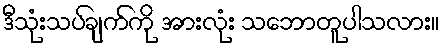
ဒီသုံးသပ်ချက်ကို အားလုံး သဘောတူပါသလား။